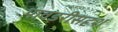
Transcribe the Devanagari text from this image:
पावडरीसदृश